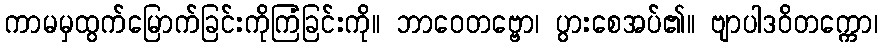
ကာမမှထွက်မြောက်ခြင်းကိုကြံခြင်းကို။ ဘာဝေတဗ္ဗော၊ ပွားစေအပ်၏။ ဗျာပါဒဝိတက္ကော၊